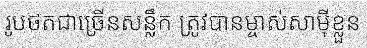
រូបថតជាច្រើនសន្លឹក ត្រូវបានម្ចាស់សាម៉ីខ្លួន